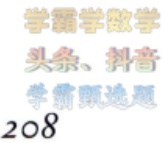
学霸学数学
头条、抖音
学霸刷选题
208